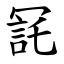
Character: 㓃